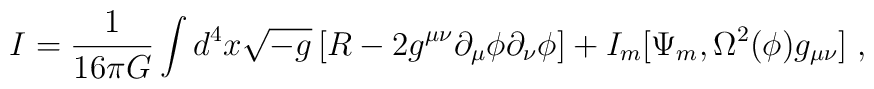
{I} = \frac{1}{16\pi G} \int d^4x \sqrt{-g} \left[ R -2g^{\mu\nu}\partial_{\mu}\phi\partial_{\nu}\phi \right]+ I_{m}[\Psi_m,\Omega^2(\phi)g_{\mu\nu}]\; ,